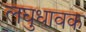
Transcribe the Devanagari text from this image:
लघुधावक